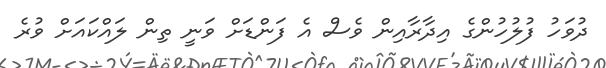
ދުވަހު ފުލުހުންގެ އިދާރާއިން ވެސް އެ ފަންޑަށް ވަނީ ތިން ލައްކައަށް ވުރެ